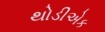
થોડીએક